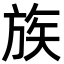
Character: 族